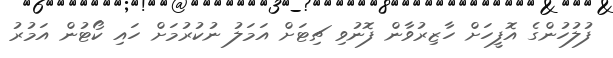
ފުލުހުންގެ އޮފީހަށް ހާޒިރުވާން ފޮނުވި ޗިޓަށް އަމަލު ނުކުރުމަށް ހައި ކޯޓުން އަމުރު